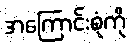
အကြောင်းစုံကို